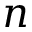
n